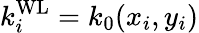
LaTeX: {k_{i}^{\mathrm{WL}}}=k_{0}(x_{i},y_{i})